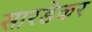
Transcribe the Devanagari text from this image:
सारडेकर